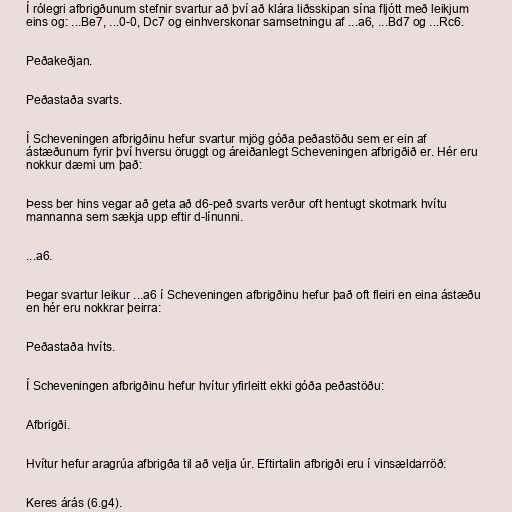
Í rólegri afbrigðunum stefnir svartur að því að klára liðsskipan sína fljótt með leikjum
eins og: ...Be7, ...0-0, Dc7 og einhverskonar samsetningu af ...a6, ...Bd7 og ...Rc6.

Peðakeðjan.

Peðastaða svarts.

Í Scheveningen afbrigðinu hefur svartur mjög góða peðastöðu sem er ein af
ástæðunum fyrir því hversu öruggt og áreiðanlegt Scheveningen afbrigðið er. Hér eru
nokkur dæmi um það:

Þess ber hins vegar að geta að d6-peð svarts verður oft hentugt skotmark hvítu
mannanna sem sækja upp eftir d-línunni.

...a6.

Þegar svartur leikur ...a6 í Scheveningen afbrigðinu hefur það oft fleiri en eina ástæðu
en hér eru nokkrar þeirra:

Peðastaða hvíts.

Í Scheveningen afbrigðinu hefur hvítur yfirleitt ekki góða peðastöðu:

Afbrigði.

Hvítur hefur aragrúa afbrigða til að velja úr. Eftirtalin afbrigði eru í vinsældarröð:

Keres árás (6.g4).